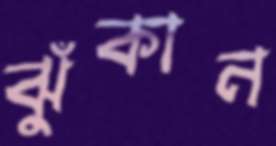
ঝুঁকান